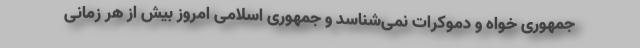
جمهوری خواه و دموکرات نمی‌شناسد و جمهوری اسلامی امروز بیش از هر زمانی